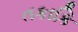
તકાકિ